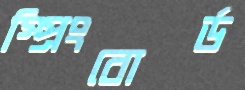
স্প্রিংবোর্ড